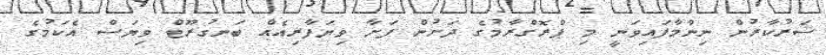
ސަރުކާރުން ނިންމާފައިވަނީ މި ޕްރޮގްރާމުގެ ދަށުން ފަށާ ވިޔަފާރިއެއް ބަނގުރޫޓް ވިޔަސް އެކަމުގެ